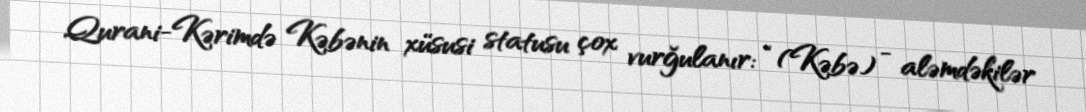
Qurani-Kərimdə Kəbənin xüsusi statusu çox vurğulanır: “(Kəbə) - aləmdəkilər